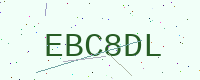
Text: EBC8DL